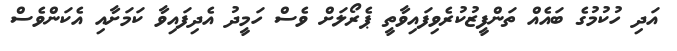
އަދި ހުކުމުގެ ބައެއް ތަންފީޒުކުރެވިފައިވާތީ ޕެރޯލަށް ވެސް ހަމީދު އެދިފައިވާ ކަމަށާއި އެކަންވެސް